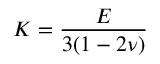
K = \frac { E } { 3 ( 1 - 2 \nu ) }